Annual report of the Central Committee of the Association together with the report of the directors of the Pasteur Institute at Kasauli
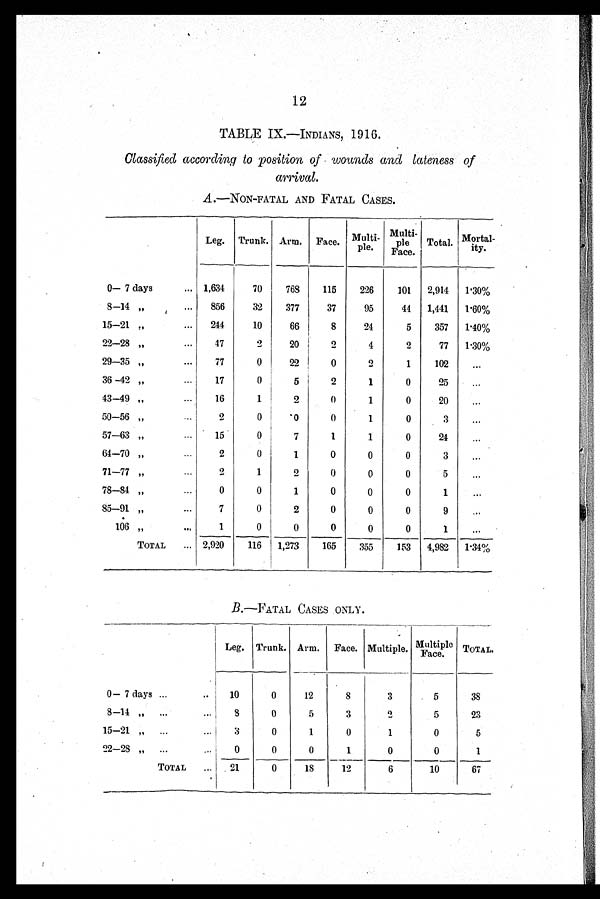
12
TABLE IX.—INDIANS, 1916.
Classified according to position of wounds and lateness of
arrival.
A .—N ON-F ATAL AND FATAL CASES.
Leg. Trunk. Arm. Face. Multi-p l e Multi-
p l e
F a c e . Total.
M o r t a l -
i t y .
0—7 days
1,634
70
768
115
226
101
2,914 1.30%
8—14 ,,
856
32
377
37
95
44
1,441 1.60%
15—21 ,,
244
10
66
8
24
5
357 1.40%
22—28 ,,
47
2
20
2
4
2
77 1.30%
29—35 ,,
77
0
22
0
2
1
102
...
36—42 ,,
17
0
5
2
1
0
25
...
43—49 ,,
16
1
2
0
1
0
20
...
50—56 ,,
2
0
0
0
1
0
3
...
57—63 ,,
15
0
7
1
1
0
24
...
64—70 ,,
2
0
1
0
0
0
3
...
71—77 ,,
2
1
2
0
0
0
5
...
78—84 ,,
0
0
1
0
0
0
1
..
85—91 ,,
7
0
2
0
0
0
9
...
106 ,,
1
0
0
0
0
0
1
...
TOTAL
2,920
116 1,273
165
355
153
4,982 1.34%
B .—FATAL CASES ONLY.
Leg. Trunk. Arm. Face. Multiple. Multiple
F a c e .
TOTAL.
0—7 days
10
0
12
8
3
5
38
8—14 ,,
8
0
5
3
2
5
23
15—21 ,,
3
0
1
0
1
0
5
22—28 ,,
0
0
0
1
0
0
1
TOTAL
21
0
18
12
6
10
67